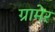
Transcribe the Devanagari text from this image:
ग्रामेर